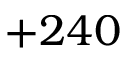
+ 2 4 0